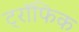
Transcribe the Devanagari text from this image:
ट्रॉफिक